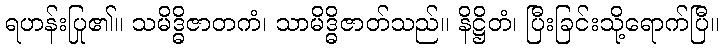
ရဟန်းပြု၏။ သမိဒ္ဓိဇာတကံ၊ သာမိဒ္ဓိဇာတ်သည်။ နိဋ္ဌိတံ၊ ပြီးခြင်းသို့ရောက်ပြီ။